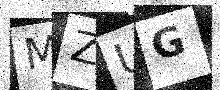
Text: MZUG